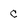
Character: c